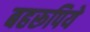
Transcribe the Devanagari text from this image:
बहरूपिये